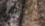
الملابس